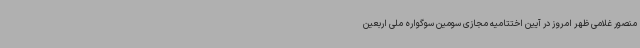
منصور غلامی ظهر امروز در آیین اختتامیه مجازی سومین سوگواره ملی اربعین